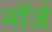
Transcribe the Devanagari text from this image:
नॉर्ज